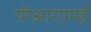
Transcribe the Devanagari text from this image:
पीआरएमई